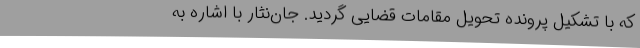
که با تشکیل پرونده تحویل مقامات قضایی گردید. جان‌نثار با اشاره به